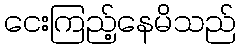
ငေးကြည့်နေမိသည်